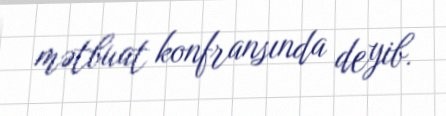
mətbuat konfransında deyib.